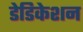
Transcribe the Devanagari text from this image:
डेडिकेशन